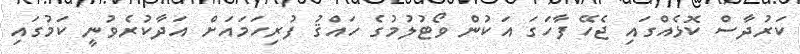
ކަރުދާސް ކޮޅެއްގައި ޖެހޭ ފާހަގަ އަކުން ވޯޓުލުމުގެ ހައްޤު ފުރިހަމައަށް އަދާކުރެވުނީ ކަމުގައި